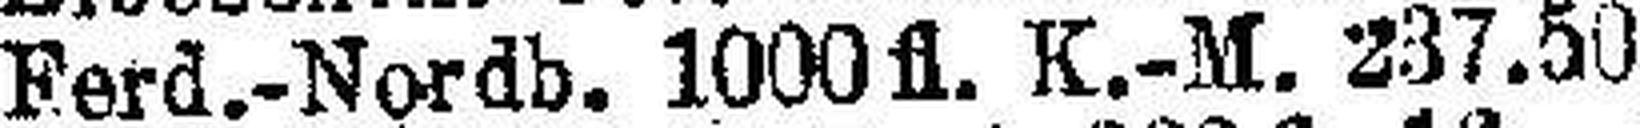
Ferd.-Nordb. 1000 fl. K.-M. 237.50